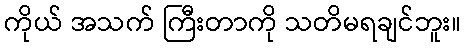
ကိုယ် အသက် ကြီးတာကို သတိမရချင်ဘူး။